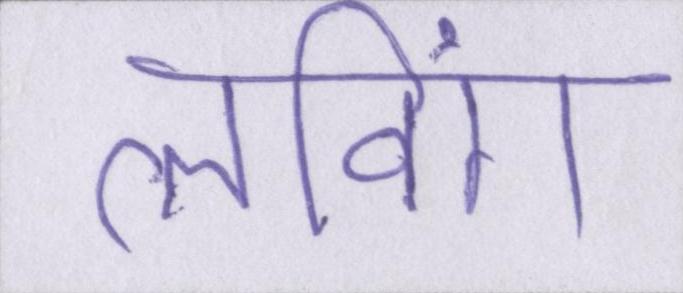
लविंग